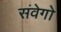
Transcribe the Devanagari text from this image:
संवेगो